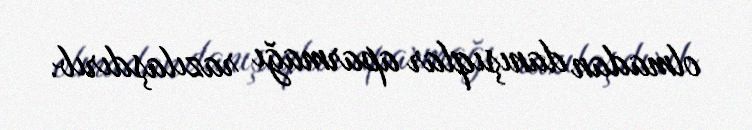
olmadan danışıqlar aparmağı razılaşdırıb.